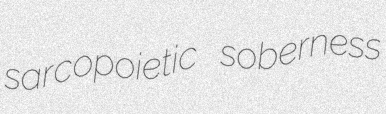
sarcopoietic soberness